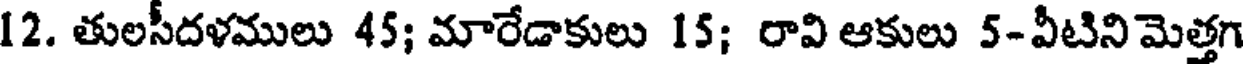
12. తులసీదళములు 45; మారేడాకులు 15; రావి ఆకులు 5-వీటిని మెత్తగ